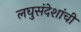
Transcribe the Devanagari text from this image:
लघुसंदेशांची